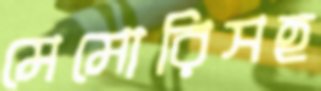
মেমোরিসহ